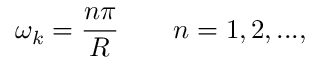
\omega _ { k } = \frac { n \pi } { R } \qquad n = 1 , 2 , . . . ,